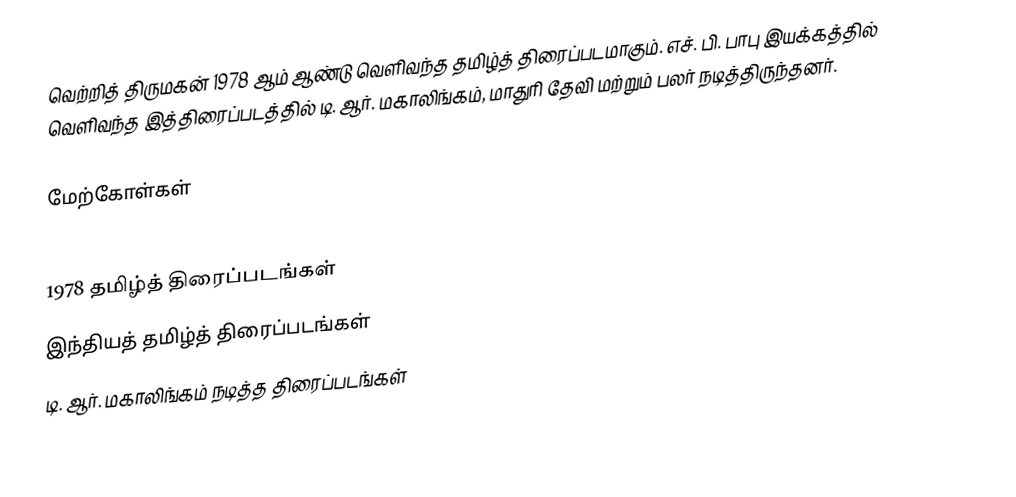
வெற்றித் திருமகன் 1978 ஆம் ஆண்டு வெளிவந்த தமிழ்த் திரைப்படமாகும். எச். பி. பாபு இயக்கத்தில் வெளிவந்த இத்திரைப்படத்தில் டி. ஆர். மகாலிங்கம், மாதுரி தேவி மற்றும் பலர் நடித்திருந்தனர்.

மேற்கோள்கள்

1978 தமிழ்த் திரைப்படங்கள்
இந்தியத் தமிழ்த் திரைப்படங்கள்
டி. ஆர். மகாலிங்கம் நடித்த திரைப்படங்கள்